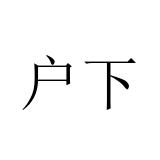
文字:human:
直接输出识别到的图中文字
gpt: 户下